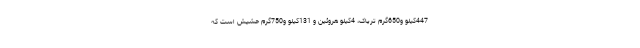
447کیلو و650گرم تریاک، 4کیلو هروئین و 131کیلو و750گرم حشیش است که